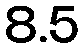
8.5